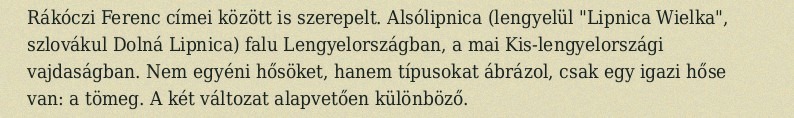
Rákóczi Ferenc címei között is szerepelt. Alsólipnica (lengyelül "Lipnica Wielka", szlovákul Dolná Lipnica) falu Lengyelországban, a mai Kis-lengyelországi vajdaságban. Nem egyéni hősöket, hanem típusokat ábrázol, csak egy igazi hőse van: a tömeg. A két változat alapvetően különböző.